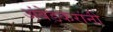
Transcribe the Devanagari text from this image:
अंबेडकरांनी